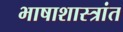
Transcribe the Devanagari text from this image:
भाषाशास्त्रांत